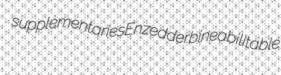
supplementaries Enzedder bine abilitable